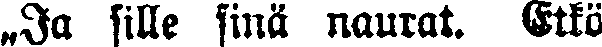
„Ja sille sinä naurat. Eikö